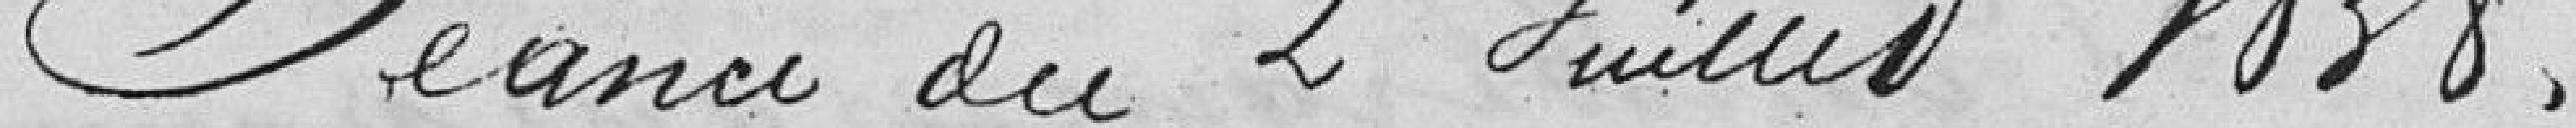
Séance du 2 Juillet 1838